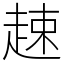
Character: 趚